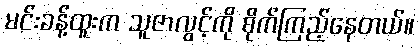
မင်းခန့်ထူးက သူဇာလွင့်ကို စိုက်ကြည့်နေတယ်။